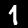
Digit: 1